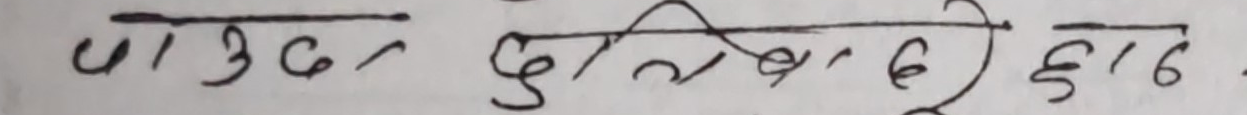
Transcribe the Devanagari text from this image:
पाउछ, दुःख बिहुँदै हाड